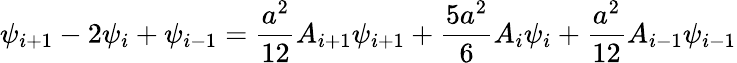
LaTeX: \psi_{i+1}-2\psi_{i}+\psi_{i-1}={\frac{a^{2}}{12}}A_{i+1}\psi_{i+1}+{\frac{5a^{2}}{6}}A_{i}\psi_{i}+{\frac{a^{2}}{12}}A_{i-1}\psi_{i-1}